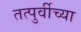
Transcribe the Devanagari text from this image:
तत्पुर्वीच्या